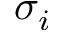
\sigma _ { i }